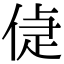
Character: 偼